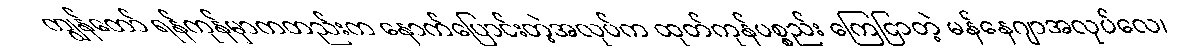
ကျွန်တော် ရန်ကုန်မှာကတည်းက နောက်ပြောင်းတဲ့အလုပ်က ထုတ်ကုန်ပစ္စည်း ကြေငြာတဲ့ မန်နေဂျာအလုပ်လေ၊